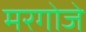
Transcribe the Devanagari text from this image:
मरगोजे